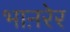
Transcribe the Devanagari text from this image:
भाऩरेर